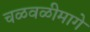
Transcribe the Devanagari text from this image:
चळवळीमागे